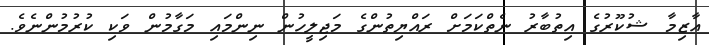
އާޒިމާ ޝުކޫރުގެ އިތުބާރު ނެތްކަމަށް ރައްޔިތުންގެ މަޖިލީހުން ނިންމައި މަގާމުން ވަކި ކުރުމުންނެވެ.